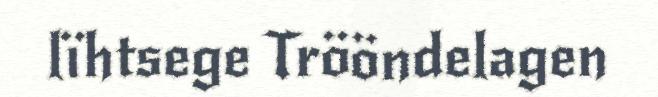
lïhtsege Trööndelagen